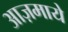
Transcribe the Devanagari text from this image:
आज़माये